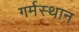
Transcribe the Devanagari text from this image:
गर्मस्थान